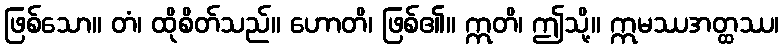
ဖြစ်သော။ တံ၊ ထိုစိတ်သည်။ ဟောတိ၊ ဖြစ်၏။ ဣတိ၊ ဤသို့။ ဣမဿအတ္ထဿ၊